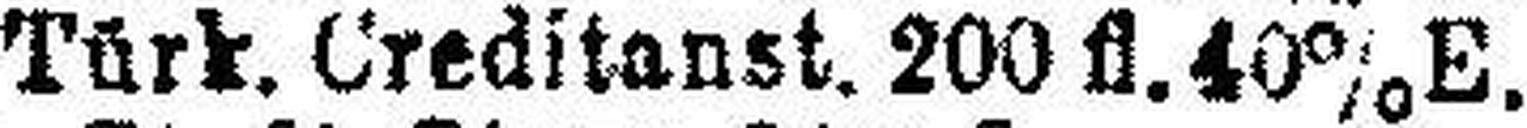
„ Türk. Creditanst. 200 fl.40% E.